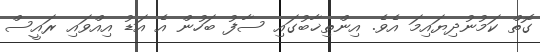
ގޮތް ކަމުނުދިޔައިމަ އެވެ. އިންތިޚާބުގައި ސާފު ބަހުން އެ އަޑު އިއްވައި ރައީސް